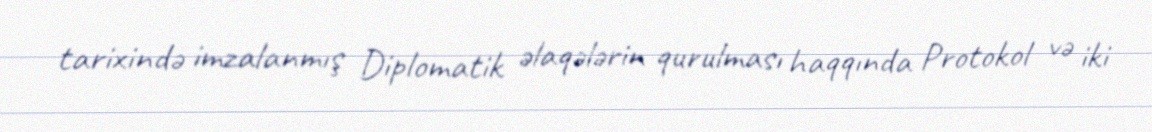
tarixində imzalanmış Diplomatik əlaqələrin qurulması haqqında Protokol və iki